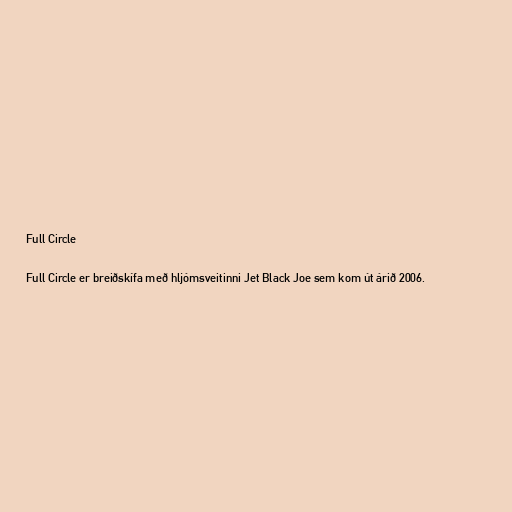
Full Circle

Full Circle er breiðskífa með hljómsveitinni Jet Black Joe sem kom út árið 2006.